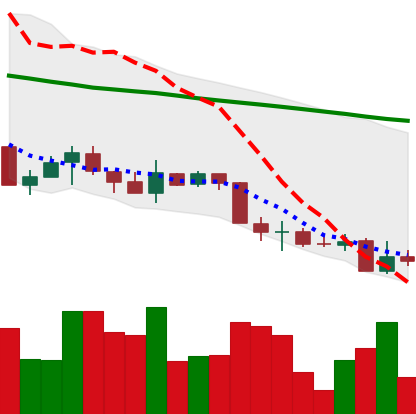
Ticker: XMR-USD
Chart end date: 2018-05-30
Forward return: 3.132%
Label: up_3_5